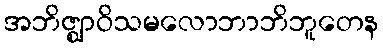
အဘိဇ္ဈာဝိသမလောဘာဘိဘူတေန